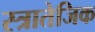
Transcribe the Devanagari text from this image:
स्त्रातेजिक